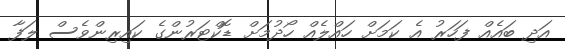
އަދި ބައެއް ފަހަރު އެ ކަމަށް ހައްލެއް ހޯދުމަށް ޑޮކްޓަރުންގެ ކައިރިންވެސް ލަފާ